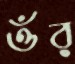
ওঁর